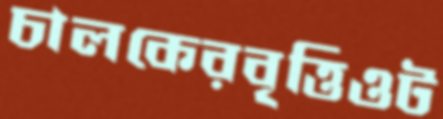
চালকেরবৃত্তিওট